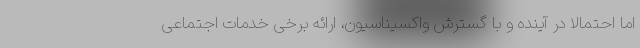
اما احتمالا در آینده و با گسترش واکسیناسیون، ارائه برخی خدمات اجتماعی